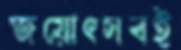
জয়োৎসবই